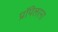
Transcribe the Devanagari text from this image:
प्रॉपेलरना